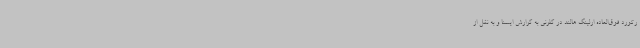
رکورد فوق‌العاده ارلینگ هالند در گلزنی به گزارش ایسنا و به نقل از